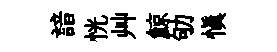
諳恍艸鯨劬慎